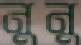
নুনু